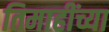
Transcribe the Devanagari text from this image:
तिमाहींच्या